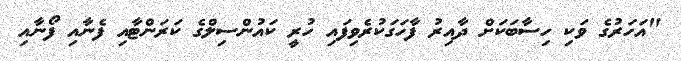
"އަހަރުގެ ވަކި ހިސާބަކަށް ދާއިރު ފާހަގަކުރެވިފައި ހުރީ ކައުންސިލްގެ ކަރަންޓާއި ފެނާއި ފޯނާއިި